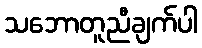
သဘောတူညီချက်ပါ